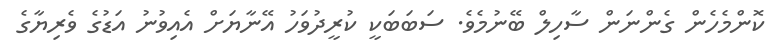
ކޮންމެހެން ގެންނަން ސާހިލް ބޭނުމެވެ. ސަބަބަކީ ކުރީދުވަހު އޭނާޔަށް އެއިވުނު އަޑުގެ ވެރިޔާގެ